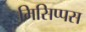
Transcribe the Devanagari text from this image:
मिसिप्पस